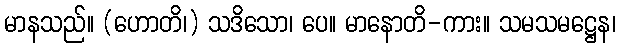
မာနသည်။ (ဟောတိ၊) သဒိသော၊ ပေ။ မာနောတိ-ကား။ သမသမဋ္ဌေန၊